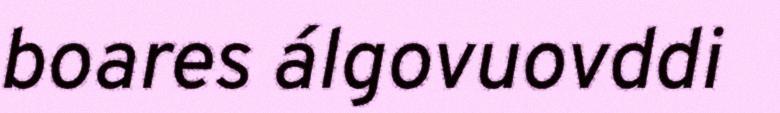
boares álgovuovddi